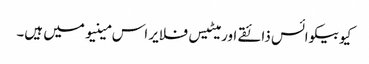
کیوبیکوائس ذائقے اور میٹیس فلایر اس مینیو میں ہیں۔